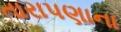
તારાપણાના